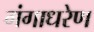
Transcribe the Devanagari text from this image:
गंगाधरेण